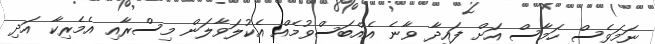
ނަމަވެސް ހަމާސް އަށް ފައިދާ ވާނެ އެއްބަސްވުމެއް އެކުލަވާލަން މިސްރާއި އެމެރިކާ އަދި